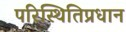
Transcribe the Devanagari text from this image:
परिस्थितिप्रधान